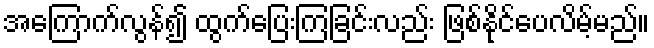
အကြောက်လွန်၍ ထွက်ပြေးကြခြင်းလည်း ဖြစ်နိုင်ပေလိမ့်မည်။